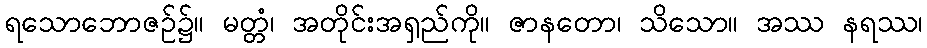
ရသောဘောဇဉ်၌။ မတ္တံ၊ အတိုင်းအရှည်ကို။ ဇာနတော၊ သိသော။ အဿ နရဿ၊